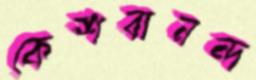
কেশবানন্দ